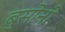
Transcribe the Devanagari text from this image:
बुसोनो